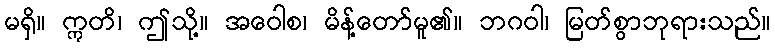
မရှိ။ ဣတိ၊ ဤသို့။ အဝေါစ၊ မိန့်တော်မူ၏။ ဘဂဝါ၊ မြတ်စွာဘုရားသည်။